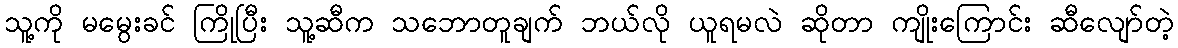
သူ့ကို မမွေးခင် ကြိုပြီး သူ့ဆီက သဘောတူချက် ဘယ်လို ယူရမလဲ ဆိုတာ ကျိုးကြောင်း ဆီလျော်တဲ့